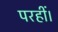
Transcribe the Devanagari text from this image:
परहीं।